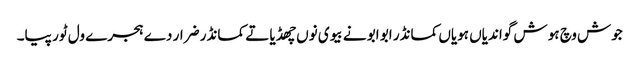
جوش وچ ہو ش گواندیاں ہویاں کمانڈر ابو ابو نے بیوی نوں چھڈیا تے کمانڈر ضرار دے ہجرے ول ٹور پیا۔